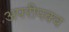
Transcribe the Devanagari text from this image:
अपरीपक्व